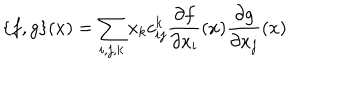
\{ f , g \} ( x ) = \sum _ { i , j , k } x _ { k } c _ { i j } ^ { k } \frac { \partial f } { \partial x _ { i } } ( x ) \frac { \partial g } { \partial x _ { j } } ( x )